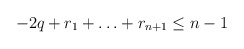
\begin{align*}-2q + r_1 + \ldots + r_{n+1} \le n-1\end{align*}